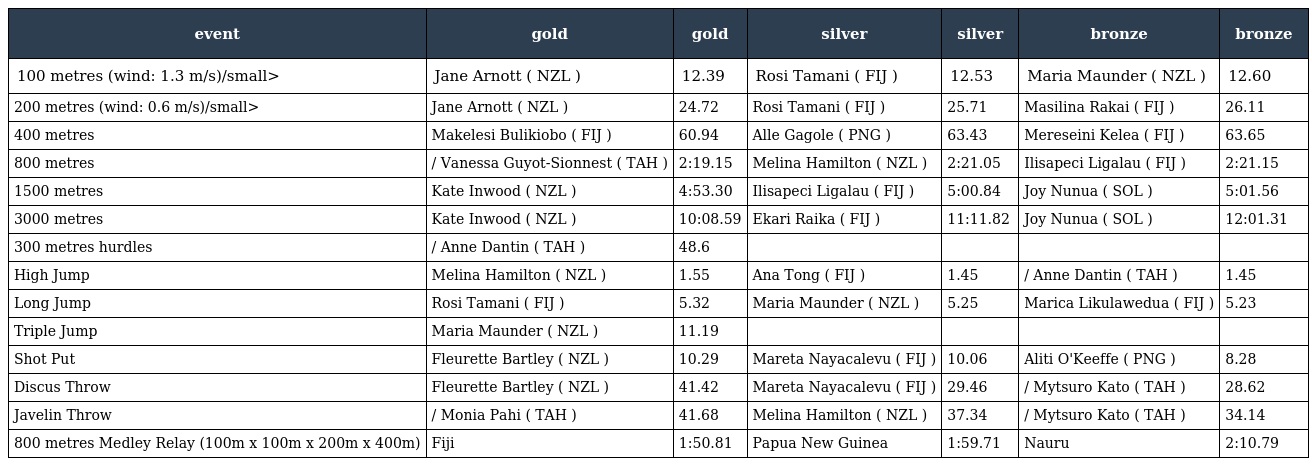
| event | gold | gold | silver | silver | bronze | bronze |
 | --- | --- | --- | --- | --- | --- | --- |
 | 100 metres (wind: 1.3 m/s)/small> | Jane Arnott ( NZL ) | 12.39 | Rosi Tamani ( FIJ ) | 12.53 | Maria Maunder ( NZL ) | 12.60 |
 | 200 metres (wind: 0.6 m/s)/small> | Jane Arnott ( NZL ) | 24.72 | Rosi Tamani ( FIJ ) | 25.71 | Masilina Rakai ( FIJ ) | 26.11 |
 | 400 metres | Makelesi Bulikiobo ( FIJ ) | 60.94 | Alle Gagole ( PNG ) | 63.43 | Mereseini Kelea ( FIJ ) | 63.65 |
 | 800 metres | / Vanessa Guyot-Sionnest ( TAH ) | 2:19.15 | Melina Hamilton ( NZL ) | 2:21.05 | Ilisapeci Ligalau ( FIJ ) | 2:21.15 |
 | 1500 metres | Kate Inwood ( NZL ) | 4:53.30 | Ilisapeci Ligalau ( FIJ ) | 5:00.84 | Joy Nunua ( SOL ) | 5:01.56 |
 | 3000 metres | Kate Inwood ( NZL ) | 10:08.59 | Ekari Raika ( FIJ ) | 11:11.82 | Joy Nunua ( SOL ) | 12:01.31 |
 | 300 metres hurdles | / Anne Dantin ( TAH ) | 48.6 |  |  |  |  |
 | High Jump | Melina Hamilton ( NZL ) | 1.55 | Ana Tong ( FIJ ) | 1.45 | / Anne Dantin ( TAH ) | 1.45 |
 | Long Jump | Rosi Tamani ( FIJ ) | 5.32 | Maria Maunder ( NZL ) | 5.25 | Marica Likulawedua ( FIJ ) | 5.23 |
 | Triple Jump | Maria Maunder ( NZL ) | 11.19 |  |  |  |  |
 | Shot Put | Fleurette Bartley ( NZL ) | 10.29 | Mareta Nayacalevu ( FIJ ) | 10.06 | Aliti O'Keeffe ( PNG ) | 8.28 |
 | Discus Throw | Fleurette Bartley ( NZL ) | 41.42 | Mareta Nayacalevu ( FIJ ) | 29.46 | / Mytsuro Kato ( TAH ) | 28.62 |
 | Javelin Throw | / Monia Pahi ( TAH ) | 41.68 | Melina Hamilton ( NZL ) | 37.34 | / Mytsuro Kato ( TAH ) | 34.14 |
 | 800 metres Medley Relay (100m x 100m x 200m x 400m) | Fiji | 1:50.81 | Papua New Guinea | 1:59.71 | Nauru | 2:10.79 |